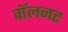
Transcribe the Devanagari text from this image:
वॉलनट